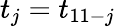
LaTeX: t_{j}=t_{11-j}